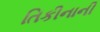
તિકીનાની